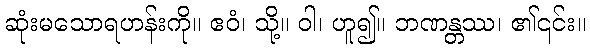
ဆုံးမသောရဟန်းကို။ ဧဝံ၊ သို့။ ဝါ၊ ဟူ၍။ ဘဏန္တဿ၊ ၏၎င်း။